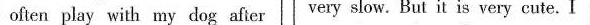
often play with my dog after very slow. But it is very cute. I